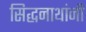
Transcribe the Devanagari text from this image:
सिद्धनाथांनी